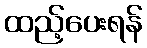
ထည့်ပေးရန်